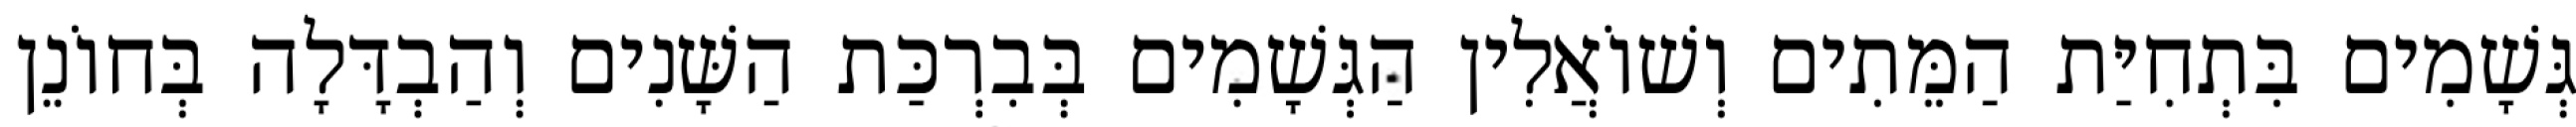
גְּשָׁמִים בִּתְחִיַּת הַמֵּתִים וְשׁוֹאֲלִין הַגְּשָׁמִים בְּבִרְכַּת הַשָּׁנִים וְהַבְדָּלָה בְּחוֹנֵן